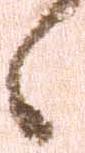
之